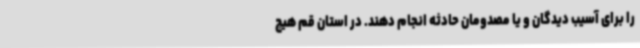
را برای آسیب دیدگان و یا مصدومان حادثه انجام دهند. در استان قم هیچ